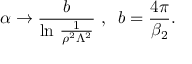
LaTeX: \alpha \rightarrow \frac b { \ln \, \frac 1 { \rho ^ { 2 } \Lambda ^ { 2 } } } \, \, , \, \, \, b = \frac { 4 \pi } { \beta _ { 2 } } .